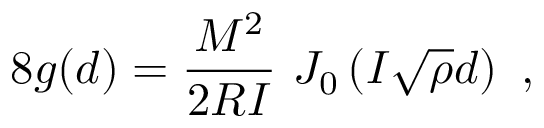
8 g ( d ) = { \frac { M ^ { 2 } } { 2 R I } } \ J _ { 0 } \left( I \sqrt { \rho } d \right) \ ,